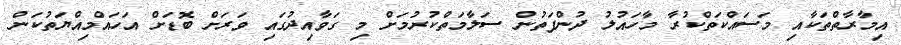
އިމާރާތްތަކާއި މަސައްކަތްކުރާ މާހައުލު ދުންފަތުން ސަލާމަތްކުރުމަށް މި ގަވާއިދުގައި ވަރަށް ބޮޑަށް އަހައްމިއްޔަތުކަން